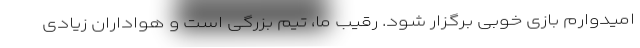
امیدوارم بازی خوبی برگزار شود. رقیب ما، تیم بزرگی است و هواداران زیادی